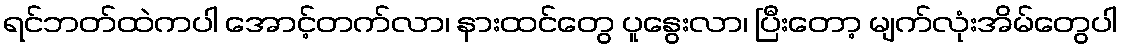
ရင်ဘတ်ထဲကပါ အောင့်တက်လာ၊ နားထင်တွေ ပူနွေးလာ၊ ပြီးတော့ မျက်လုံးအိမ်တွေပါ